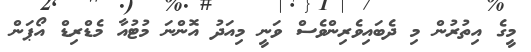
މީގެ އިތުރުން މި ދެބައިވެރިންވެސް ވަނީ މިއަދު އޮންނަ މުޓުއާ މެޑްރިޑް އޯޕަން